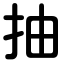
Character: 抽